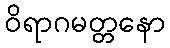
ဝိရာဂမတ္တနော